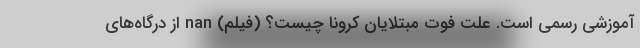
آموزشی رسمی است. علت فوت مبتلایان کرونا چیست؟ (فیلم) nan از درگاه‌های